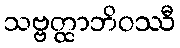
သဗ္ဗတ္ထာဘိဝဿီ